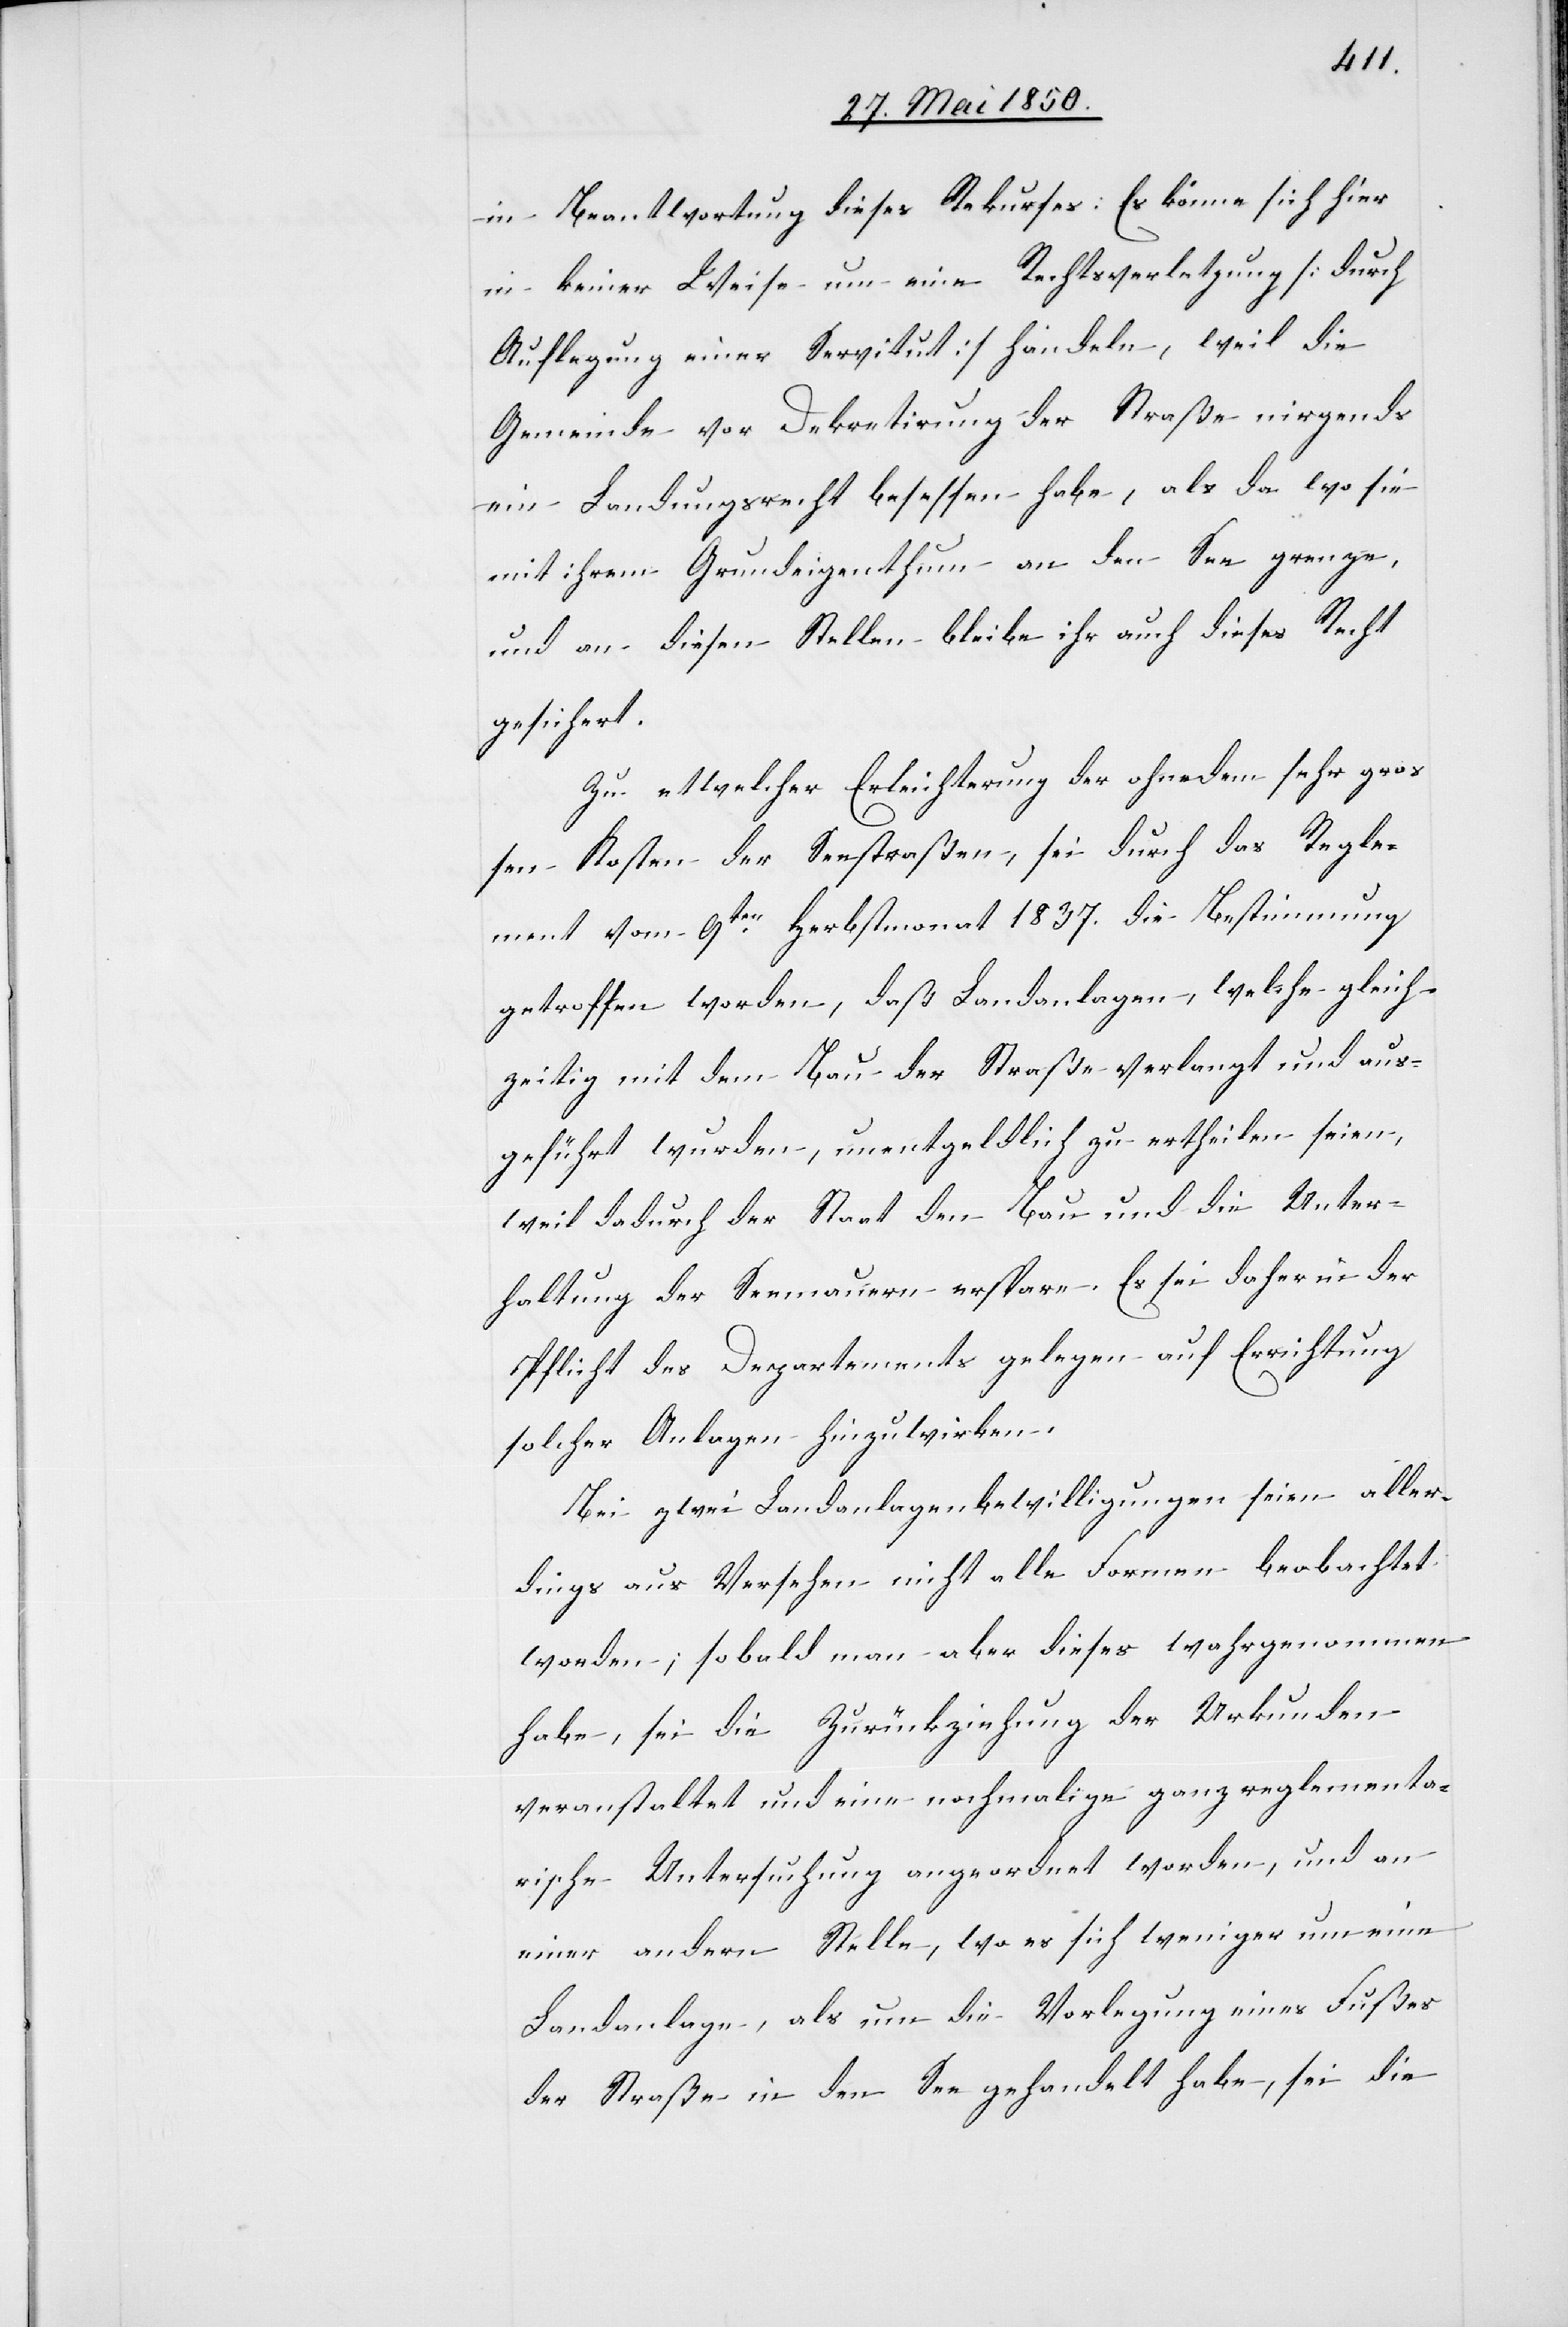
in Beantwortung dieses Rekurses: Es könne sich hier
in keiner Weise um eine Rechtsverletzung [durch
Auflegung einer Servitut] handeln, weil die
Gemeinde vor Dekretirung der Straße nirgends
ein Landungsrecht besessen habe, als da wo sie
mit ihrem Grundeigenthum an den See grenze,
und an diesen Stellen bleibe ihr auch dieses Recht
gesichert.
Zu etwelcher Erleichterung der ohnedem sehr gro¬
ßen Kosten der Seestraßen, sei durch das Regle¬
ment vom 9ten Herbstmonat 1837. die Bestimmung
getroffen worden, daß Landanlagen, welche gleich¬
zeitig mit dem Bau der Straße verlangt und aus¬
geführt wurden, unentgeldlich zu ertheilen seien,
weil dadurch der Staat den Bau und die Unter¬
haltung der Seemauern erspare. Es sei daher in der
Pflicht des Departements gelegen auf Errichtung
solcher Anlagen hinzuwirken.
Bei zwei Landanlagenbewilligungen seien aller¬
dings aus Versehen nicht alle Formen beobachtet
worden; sobald man aber dieses wahrgenommen
habe, sei die Zurückziehung der Urkunden
veranstaltet und eine nochmalige ganz reglementa¬
rische Untersuchung angeordnet worden, und an
einer andern Stelle, wo es sich weniger um eine
Landanlage, als um die Vorlegung eines Fußes
der Straße in den See gehandelt habe, sei die